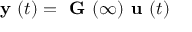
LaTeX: { \textbf { y } } ( t ) = { \textbf { G } } ( \infty ) { \textbf { u } } ( t )